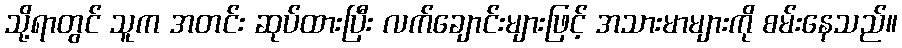
သို့ရာတွင် သူက အတင်း ဆုပ်ထားပြီး လက်ချောင်းများဖြင့် အသားမာများကို စမ်းနေသည်။